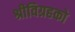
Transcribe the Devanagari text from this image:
श्रीविग्रहको